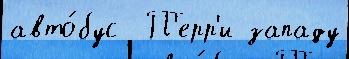
авто́бус  П'ерр'и западу